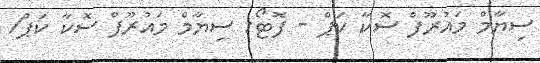
ސިޔާމް މައުރޫފް ސޮކާ ކަޕް - ފޮޓޯ: ސިޔާމް މައުރޫފް ސޮކާ ކަޕް/